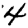
Digit: 4